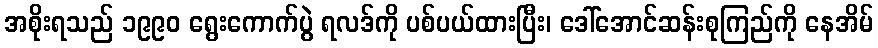
အစိုးရသည် ၁၉၉၀ ရွေးကောက်ပွဲ ရလဒ်ကို ပစ်ပယ်ထားပြီး၊ ဒေါ်အောင်ဆန်းစုကြည်ကို နေအိမ်